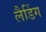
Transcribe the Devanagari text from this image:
लैडिंग